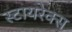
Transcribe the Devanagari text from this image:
स्टायरेक्स